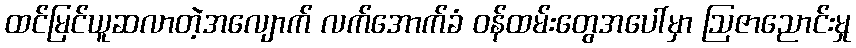
ထင်မြင်ယူဆလာတဲ့အလျောက် လက်အောက်ခံ ဝန်ထမ်းတွေအပေါ်မှာ ဩဇာညောင်းမှု